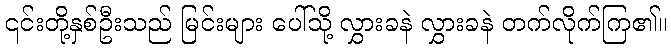
၎င်းတို့နှစ်ဦးသည် မြင်းများ ပေါ်သို့ လွှားခနဲ လွှားခနဲ တက်လိုက်ကြ၏။